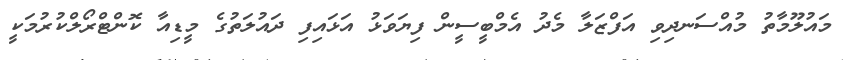
މައުލޫމާތު މުއްސަނދިވި އަފްޒަލާ މެދު އެމްބީސީން ފިޔަވަޅު އަޅައިފި ދައުލަތުގެ މީޑިއާ ކޮންޓްރޯލްކުރުމަކީ